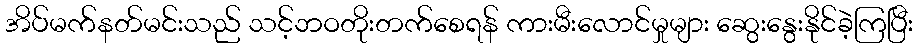
အိပ်မက်နတ်မင်းသည် သင့်ဘဝတိုးတက်စေရန် ကားမီးလောင်မှုများ ဆွေးနွေးနိုင်ခဲ့ကြပြီး